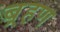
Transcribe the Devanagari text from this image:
ब़्रहण